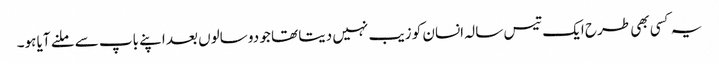
یہ کسی بھی طرح ایک تیس سالہ انسان کو زیب نہیں دیتا تھا جو دو سالوں بعد اپنے باپ سے ملنے آیا ہو۔